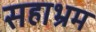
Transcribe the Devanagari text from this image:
सहाभ्रम